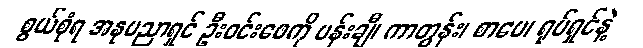
စွယ်စုံရ အနုပညာရှင် ဦးဝင်းဖေကို ပန်းချီ၊ ကာတွန်း၊ စာပေ၊ ရုပ်ရှင်နဲ့